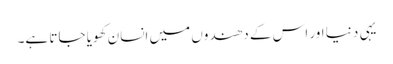
یہی دنیا اور اس کے دھندوں میں انسان کھویا جاتا ہے۔